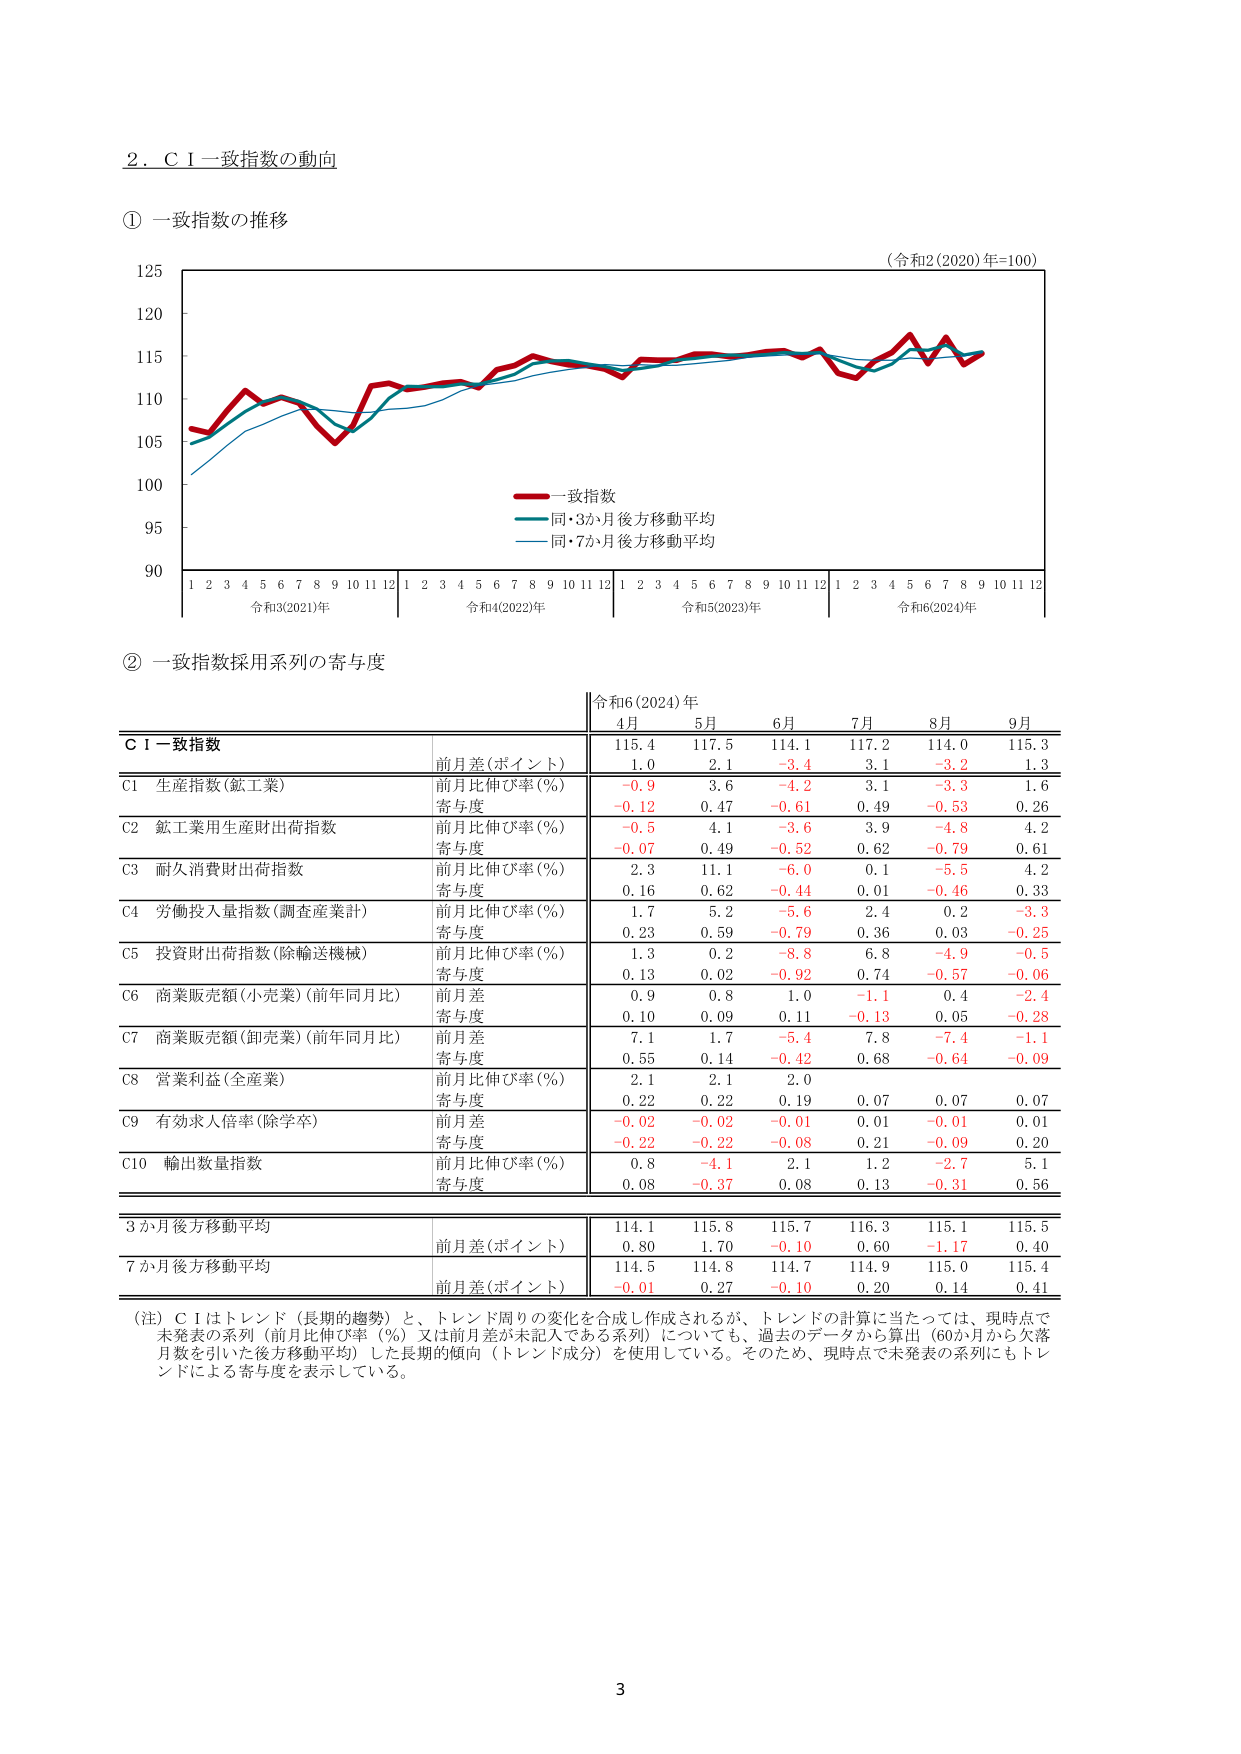
2．ＣＩ一致指数の動向

① 一致指数の推移

（令和2(2020)年=100）

125
120
115
110
105
100
95
90

1 2 3 4 5 6 7 8 9 10 11 12 1 2 3 4 5 6 7 8 9 10 11 12 1 2 3 4 5 6 7 8 9 10 11 12 1 2 3 4 5 6 7 8 9 10 11 12

令和3(2021)年 令和4(2022)年 令和5(2023)年 令和6(2024)年

――一致指数
――同・3か月後方移動平均
――同・7か月後方移動平均

② 一致指数採用系列の寄与度

令和6(2024)年
4月 5月 6月 7月 8月 9月

ＣＩ一致指数
前月差(ポイント) 115.4 117.5 114.1 117.2 114.0 115.3
1.0 2.1 -3.4 3.1 -3.2 1.3

C1 生産指数(鉱工業)
前月比伸び率(%) -0.9 3.6 -4.2 3.1 -3.3 1.6
寄与度 -0.12 0.47 -0.61 0.49 -0.53 0.26

C2 鉱工業用生産財出荷指数
前月比伸び率(%) -0.5 4.1 -3.6 3.9 -4.8 4.2
寄与度 -0.07 0.49 -0.52 0.62 -0.79 0.61

C3 耐久消費財出荷指数
前月比伸び率(%) 2.3 11.1 -6.0 0.1 -5.5 4.2
寄与度 0.16 0.62 -0.44 0.01 -0.46 0.33

C4 労働投入量指数(調査産業計)
前月比伸び率(%) 1.7 5.2 -5.6 2.4 0.2 -3.3
寄与度 0.23 0.59 -0.79 0.36 0.03 -0.25

C5 投資財出荷指数(除輸送機械)
前月比伸び率(%) 1.3 0.2 -8.8 6.8 -4.9 -0.5
寄与度 0.13 0.02 -0.92 0.74 -0.57 -0.06

C6 商業販売額(小売業)(前年同月比)
前月差 0.9 0.8 1.0 -1.1 0.4 -2.4
寄与度 0.10 0.09 0.11 -0.13 0.05 -0.28

C7 商業販売額(卸売業)(前年同月比)
前月差 7.1 1.7 -5.4 7.8 -7.4 -1.1
寄与度 0.55 0.14 -0.42 0.68 -0.64 -0.09

C8 営業利益(全産業)
前月比伸び率(%) 2.1 2.1 2.0
寄与度 0.22 0.22 0.19 0.07 0.07 0.07

C9 有効求人倍率(除学卒)
前月差 -0.02 -0.02 -0.01 0.01 -0.01 0.01
寄与度 -0.22 -0.22 -0.08 0.21 -0.09 0.20

C10 輸出数量指数
前月比伸び率(%) 0.8 -4.1 2.1 1.2 -2.7 5.1
寄与度 0.08 -0.37 0.08 0.13 -0.31 0.56

3か月後方移動平均
前月差(ポイント) 114.1 115.8 115.7 116.3 115.1 115.5
0.80 1.70 -0.10 0.60 -1.17 0.40

7か月後方移動平均
前月差(ポイント) 114.5 114.8 114.7 114.9 115.0 115.4
-0.01 0.27 -0.10 0.20 0.14 0.41

（注）ＣＩはトレンド（長期的趨勢）と、トレンド周りの変化を合成し作成されるが、トレンドの計算に当たっては、現時点で未発表の系列（前月比伸び率（%）又は前月差が未記入である系列）についても、過去のデータから算出（60か月から欠落月数を引いた後方移動平均）した長期的傾向（トレンド成分）を使用している。そのため、現時点で未発表の系列にもトレンドによる寄与度を表示している。

3